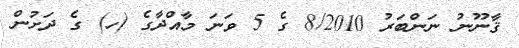
ޤާނޫނު ނަންބަރު 8/2010 ގެ 5 ވަނަ މާއްދާގެ (ހ) ގެ ދަށުން